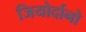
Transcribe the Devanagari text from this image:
जियोर्दानो